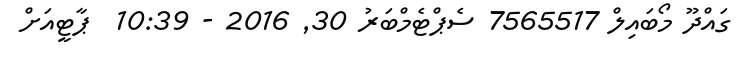
ގައްދޫ މޯބައިލް 7565517 ސެޕްޓެމްބަރު 30